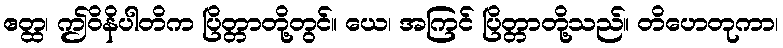
ဧတ္ထ၊ ဤဝိနိပါတိက ပြိတ္တာတို့တွင်။ ယေ၊ အကြင် ပြိတ္တာတို့သည်။ တိဟေတုကာ၊